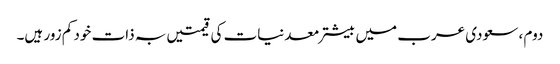
دوم ، سعودی عرب میں بیشتر معدنیات کی قیمتیں بہ ذات خود کم زور ہیں۔